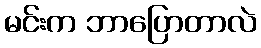
မင်းက ဘာပြောတာလဲ